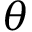
\theta